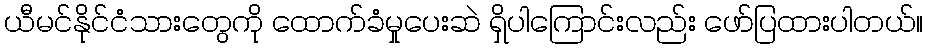
ယီမင်နိုင်ငံသားတွေကို ထောက်ခံမှုပေးဆဲ ရှိပါကြောင်းလည်း ဖော်ပြထားပါတယ်။